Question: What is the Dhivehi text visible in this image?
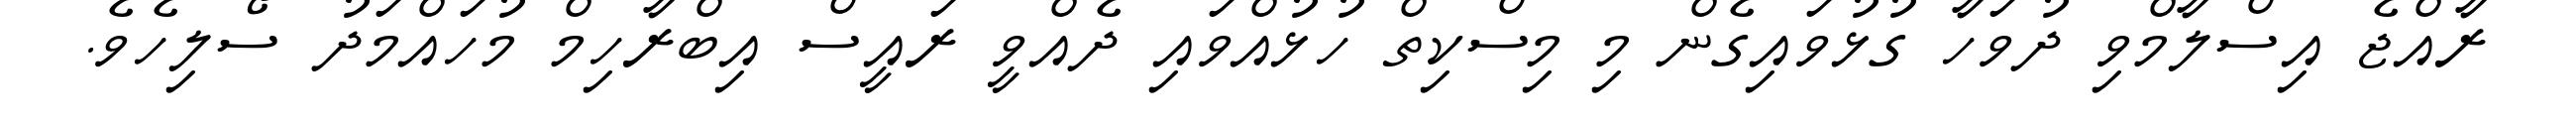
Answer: ރާއްޖެ އިސްލާމްވި ދުވަހާ ގުޅުވައިގެން މި މިސްކިތް ހުޅުއްވައި ދެއްވީ ރައީސް އިބްރާހިމް މުހައްމަދު ސޯލިހެވެ.